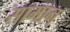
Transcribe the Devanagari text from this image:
सामान्